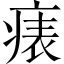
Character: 𤷶